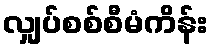
လျှပ်စစ်စီမံကိန်း